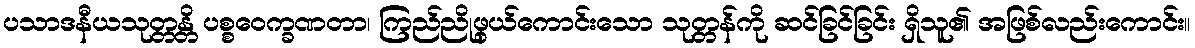
ပသာဒနီယသုတ္တန္တိ ပစ္စဝေက္ခဏတာ၊ ကြည်ညိုဖွယ်ကောင်းသော သုတ္တန်ကို ဆင်ခြင်ခြင်း ရှိသူ၏ အဖြစ်လည်းကောင်း။